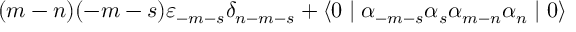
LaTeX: ( m - n ) ( - m - s ) { \varepsilon } _ { - m - s } { \delta } _ { n - m - s } + \langle 0 \mid { \alpha } _ { - m - s } { \alpha } _ { s } { \alpha } _ { m - n } { \alpha } _ { n } \mid 0 \rangle